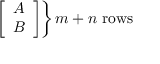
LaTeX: \textstyle \left. { \left[ \begin{array} { l } { A } \\ { B } \end{array} \right] } \right\} m + n { \mathrm { ~ r o w s } }